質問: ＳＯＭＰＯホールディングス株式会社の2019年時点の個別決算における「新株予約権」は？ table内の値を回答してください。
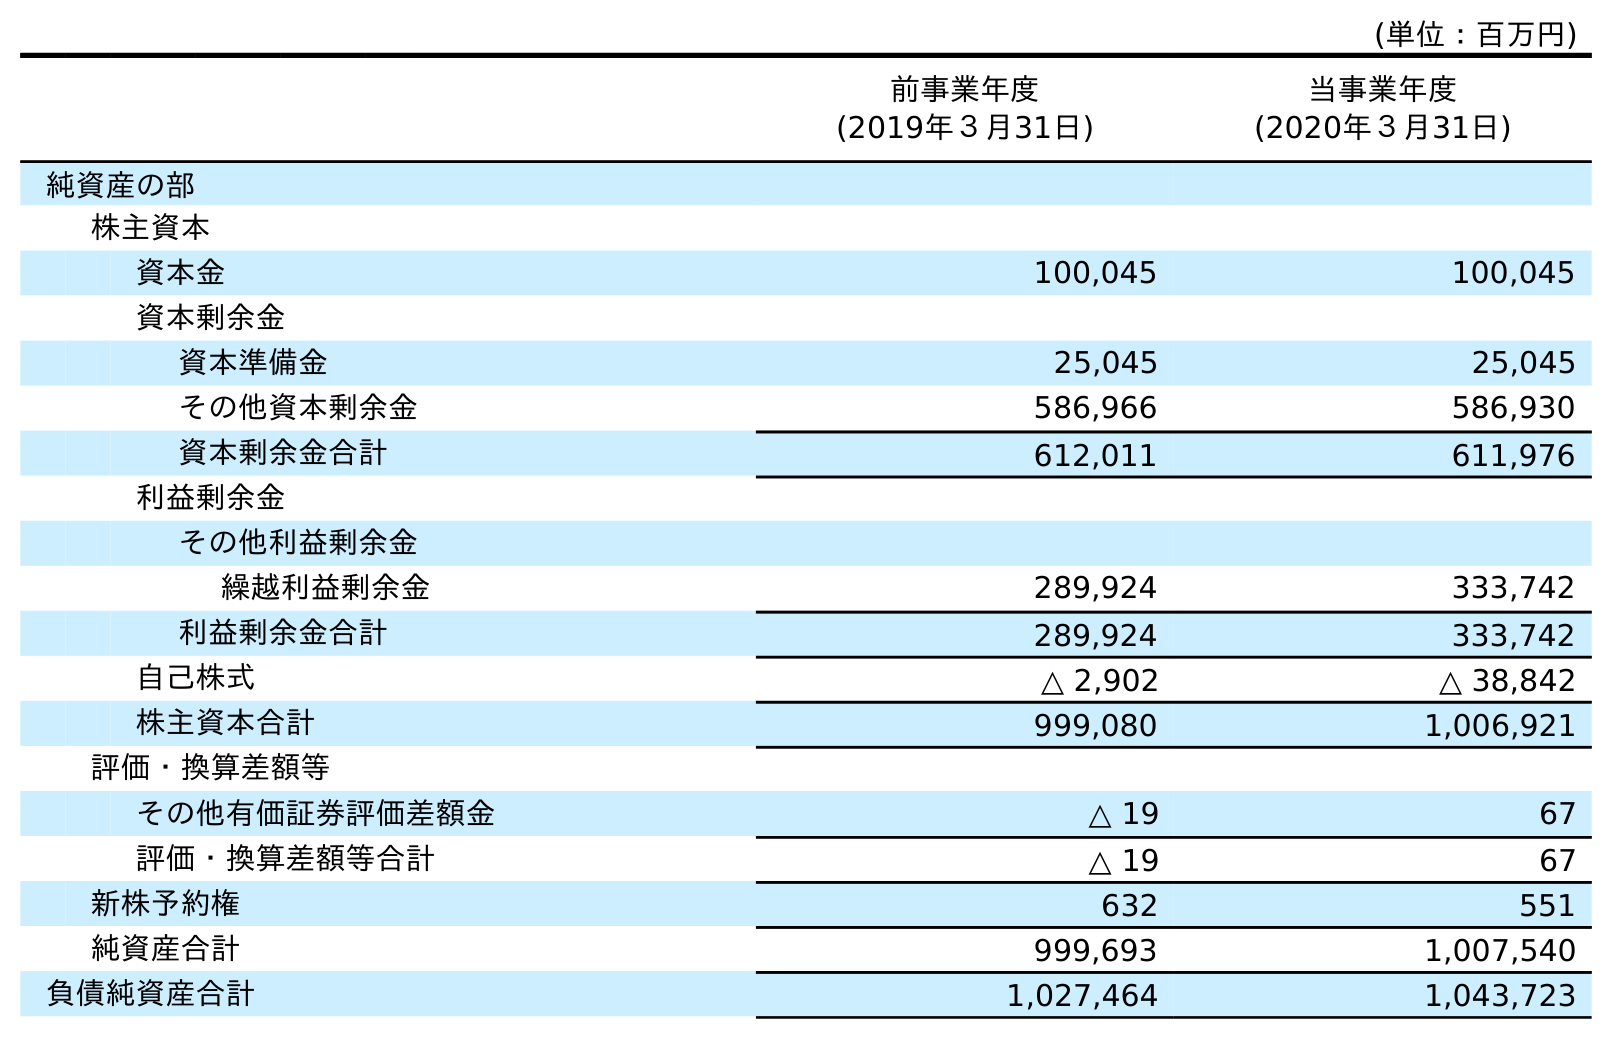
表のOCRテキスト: (単位：百万円) 前事業年度 (2019年３月31日) 当事業年度 (2020年３月31日) 純資産の部 株主資本 資本金 100,045 100,045 資本剰余金 資本準備金 25,045 25,045 その他資本剰余金 586,966 586,930 資本剰余金合計 612,011 611,976 利益剰余金 その他利益剰余金 繰越利益剰余金 289,924 333,742 利益剰余金合計 289,924 333,742 自己株式 △ 2,902 △ 38,842 株主資本合計 999,080 1,006,921 評価・換算差額等 その他有価証券評価差額金 △ 19 67 評価・換算差額等合計 △ 19 67 新株予約権 632 551 純資産合計 999,693 1,007,540 負債純資産合計 1,027,464 1,043,723
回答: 632